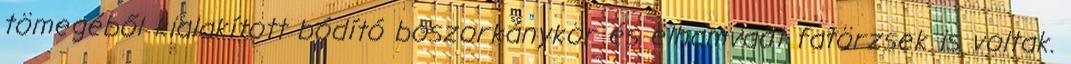
tömegéből kialakított bódító boszorkánykör és elhamvadt fatörzsek is voltak.